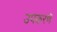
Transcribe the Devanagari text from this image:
उपकरणॆ